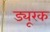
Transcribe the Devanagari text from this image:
ड्यूरक